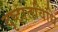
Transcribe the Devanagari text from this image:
दृष्टांतविधि